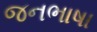
જનભાષા